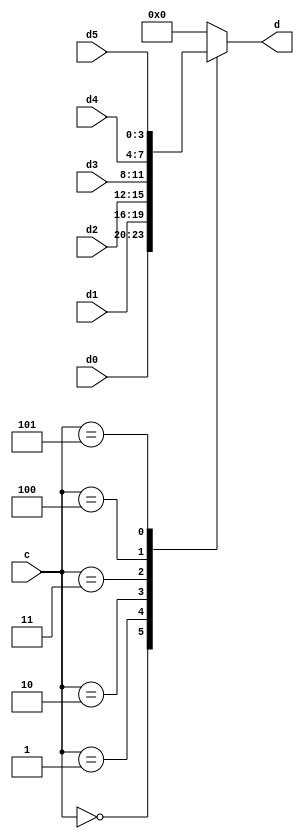
`timescale 1ns / 1ps
//////////////////////////////////////////////////////////////////////////////////
// Company:
// Engineer:
//
// Design Name:
// Module Name: MUX_4_4
// Project Name:
// Target Devices:
// Tool Versions:
// Description:
//
// Dependencies:
//
// Revision:
// Revision 0.01 - File Created
// Additional Comments:
//
//////////////////////////////////////////////////////////////////////////////////

module MUX_8_4 (input[3:0]d0,
                d1,
                d2,
                d3,
                d4,
                d5,
                input [2:0]c,
                output reg [3:0]d);
always @(*) begin
    case(c)
        0:d       = d0;
        1:d       = d1;
        2:d       = d2;
        3:d       = d3;
        4:d       = d4;
        5:d       = d5;
        default:d = 0;
    endcase
end
endmodule